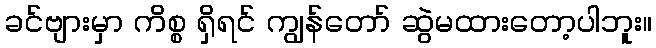
ခင်ဗျားမှာ ကိစ္စ ရှိရင် ကျွန်တော် ဆွဲမထားတော့ပါဘူး။